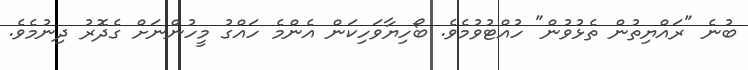
ބުނެ "ރައްޔިތުން ތެޅުވުން" ހުއްޓުވުމެވެ. ބޯހިޔާވަހިކަން އެންމެ ހައްގު މީހުންނަށް ގެދޮރު ދިނުމެވެ.